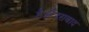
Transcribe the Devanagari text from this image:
है।हैदराबाद